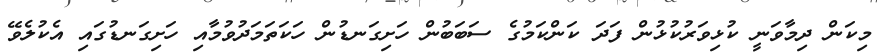
މިކަން ދިމާވަނީ ކުޅިވަރުކުޅުން ފަދަ ކަންކަމުގެ ސަބަބުން ހަށިގަނޑުން ހަކަތަމަދުވުމާއި ހަށިގަނޑުގައި އެކުލެވޭ